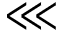
\lll